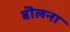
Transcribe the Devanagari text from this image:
बॊलना